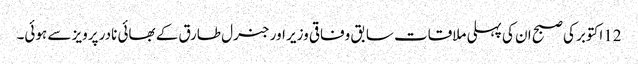
12اکتوبر کی صبح ان کی پہلی ملاقات سابق وفاقی وزیر اور جنرل طارق کے بھائی نادر پرویز سے ہوئی۔